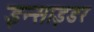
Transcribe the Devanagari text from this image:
इन्साइडर